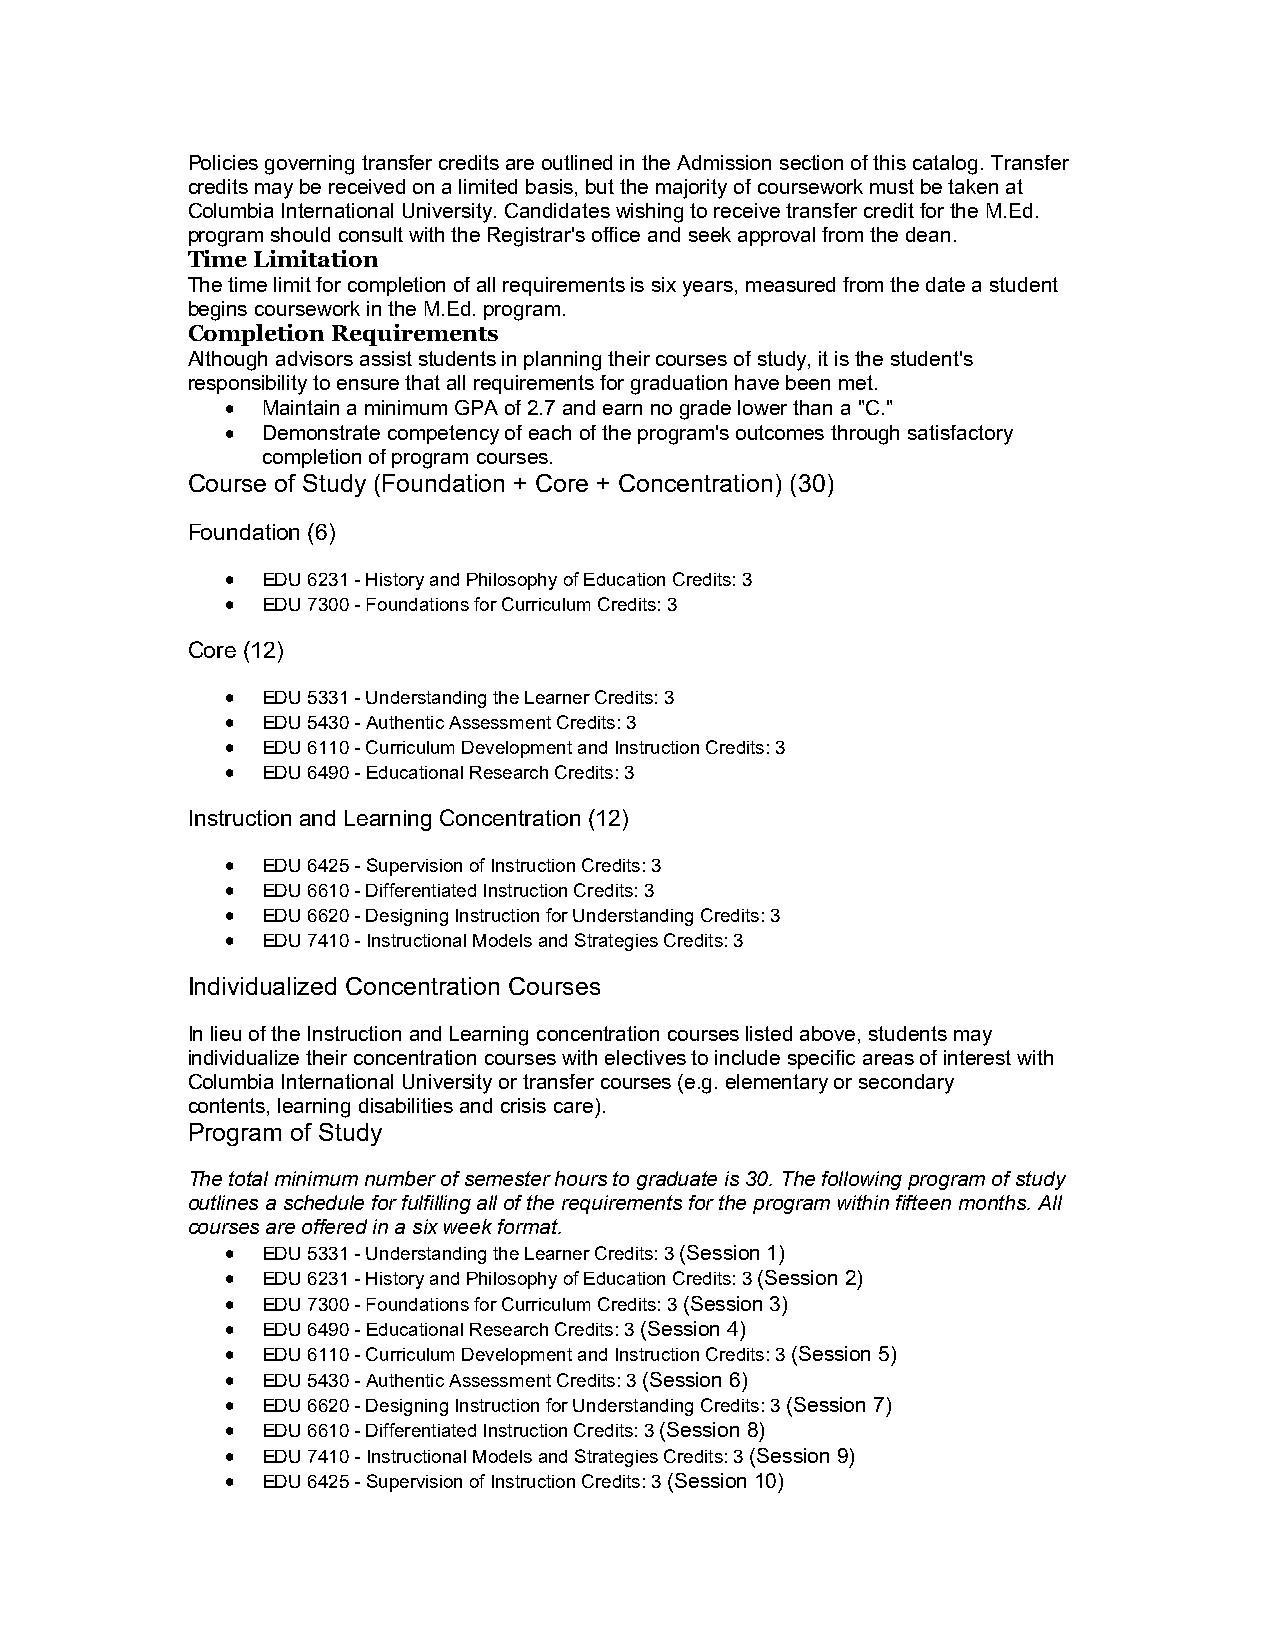
Policies governing transfer credits are outlined in the Admission section of this catalog. Transfer
 credits may be received on a limited basis, but the majority of coursework must be taken at
 Columbia International University. Candidates wishing to receive transfer credit for the M.Ed.
 program should consult with the Registrar's office and seek approval from the dean.
 Time Limitation
 The time limit for completion of all requirements is six years, measured from the date a student
 begins coursework in the M.Ed. program.
 Completion Requirements
 Although advisors assist students in planning their courses of study, it is the student's
 responsibility to ensure that all requirements for graduation have been met.
  Maintain a minimum GPA of 2.7 and earn no grade lower than a "C."
  Demonstrate competency of each of the program's outcomes through satisfactory
 completion of program courses.
 Course of Study (Foundation + Core + Concentration) (30)
 Foundation (6)
  EDU 6231 - History and Philosophy of Education Credits: 3
  EDU 7300 - Foundations for Curriculum Credits: 3
 Core (12)
  EDU 5331 - Understanding the Learner Credits: 3
  EDU 5430 - Authentic Assessment Credits: 3
  EDU 6110 - Curriculum Development and Instruction Credits: 3
  EDU 6490 - Educational Research Credits: 3
 Instruction and Learning Concentration (12)
  EDU 6425 - Supervision of Instruction Credits: 3
  EDU 6610 - Differentiated Instruction Credits: 3
  EDU 6620 - Designing Instruction for Understanding Credits: 3
  EDU 7410 - Instructional Models and Strategies Credits: 3
 Individualized Concentration Courses
 In lieu of the Instruction and Learning concentration courses listed above, students may
 individualize their concentration courses with electives to include specific areas of interest with
 Columbia International University or transfer courses (e.g. elementary or secondary
 contents, learning disabilities and crisis care).
 Program of Study
 The total minimum number of semester hours to graduate is 30. The following program of study
 outlines a schedule for fulfilling all of the requirements for the program within fifteen months. All
 courses are offered in a six week format.
  EDU 5331 - Understanding the Learner Credits: 3 (Session 1)
  EDU 6231 - History and Philosophy of Education Credits: 3 (Session 2)
  EDU 7300 - Foundations for Curriculum Credits: 3 (Session 3)
  EDU 6490 - Educational Research Credits: 3 (Session 4)
  EDU 6110 - Curriculum Development and Instruction Credits: 3 (Session 5)
  EDU 5430 - Authentic Assessment Credits: 3 (Session 6)
  EDU 6620 - Designing Instruction for Understanding Credits: 3 (Session 7)
  EDU 6610 - Differentiated Instruction Credits: 3 (Session 8)
  EDU 7410 - Instructional Models and Strategies Credits: 3 (Session 9)
  EDU 6425 - Supervision of Instruction Credits: 3 (Session 10)